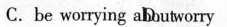
C. be worrying D aboutworry